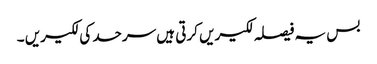
بس یہ فیصلہ لکیریں کرتی ہیں سرحد کی لکیریں ۔